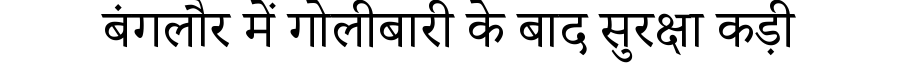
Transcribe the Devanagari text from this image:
बंगलौर में गोलीबारी के बाद सुरक्षा कड़ी